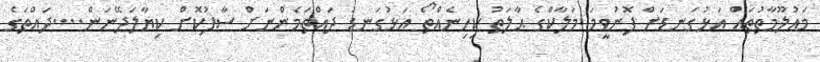
މަޢުލޫމާތުތައް އަޅުގަނޑަށް ފޮނުވީމަ މަލާކްގެ ޙާލަތު ކިހިނެއްތޯ އަޅުގަނޑު ދައްތަމެންނަށް ސާފުކޮށް ކިޔާލަދޭނަން....ދައްތަގެ